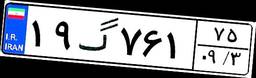
۱۹گ۷۶۱۷۵